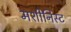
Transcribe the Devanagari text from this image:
मशीनिस्ट